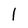
Character: 1